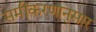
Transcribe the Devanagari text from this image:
समीकरणानुसार